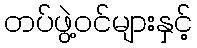
တပ်ဖွဲ့ဝင်များနှင့်